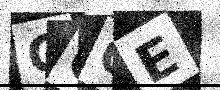
Text: GCQE